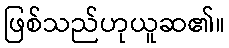
ဖြစ်သည်ဟုယူဆ၏။